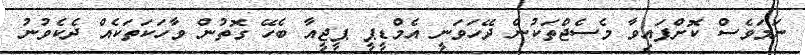
ނަމަވެސް ކޮށްފައިވާ މެސެޖްތަކުން ދޭހަވަނީ އެމްޑީޕީ ޕީޖީއާ ބެހޭ ގޮތުން ވާހަކަތަކެއް ދެކެވުނު